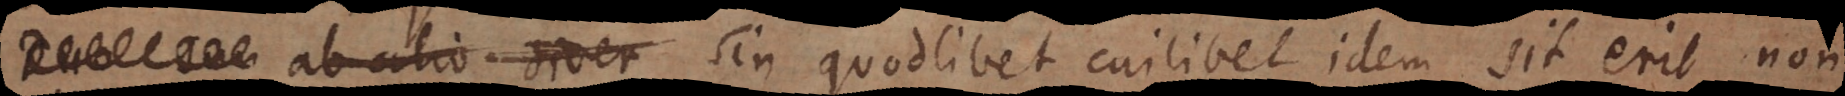
ab alio diver sin quodlibet cuilibet idem sit erit non